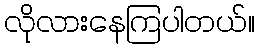
လိုလားနေကြပါတယ်။